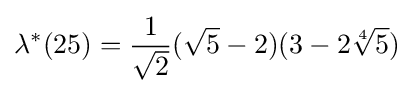
\lambda ^{*}(25)={\frac {1}{\sqrt {2}}}({\sqrt {5}}-2)(3-2{\sqrt[{4}]{5}})